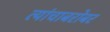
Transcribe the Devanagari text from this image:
त्यांचाबरोबर